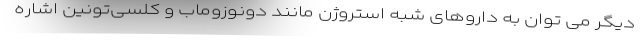
دیگر می توان به داروهای شبه استروژن مانند دونوزوماب و کلسی‌تونین اشاره